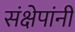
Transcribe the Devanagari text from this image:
संक्षेपांनी